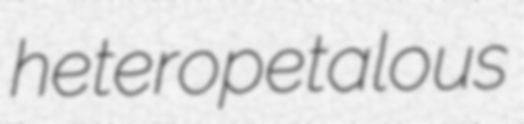
heteropetalous